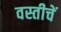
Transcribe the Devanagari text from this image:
वस्तीचें